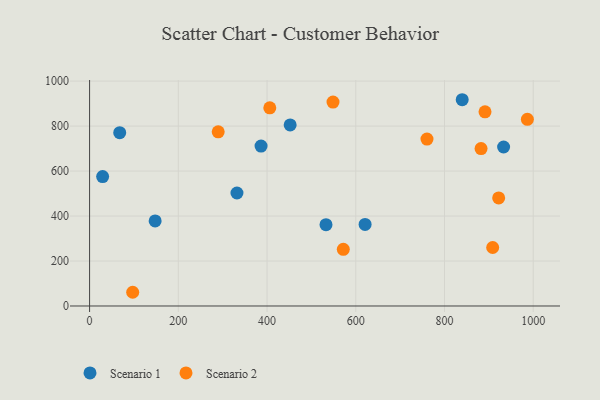
{"axis": {"x": "Ad Spend", "y": "Demand"}, "legend": ["Scenario 1", "Scenario 2"], "data": [{"x": "532.9", "y": 361.4, "type": "Scenario 1"}, {"x": "147.8", "y": 378.4, "type": "Scenario 1"}, {"x": "67.9", "y": 770.8, "type": "Scenario 1"}, {"x": "839.9", "y": 917.2, "type": "Scenario 1"}, {"x": "332.2", "y": 502.4, "type": "Scenario 1"}, {"x": "933.2", "y": 706.9, "type": "Scenario 1"}, {"x": "621.0", "y": 362.5, "type": "Scenario 1"}, {"x": "29.4", "y": 575.5, "type": "Scenario 1"}, {"x": "386.5", "y": 711.3, "type": "Scenario 1"}, {"x": "452.1", "y": 805.2, "type": "Scenario 1"}, {"x": "882.4", "y": 699.9, "type": "Scenario 2"}, {"x": "571.9", "y": 252.0, "type": "Scenario 2"}, {"x": "289.9", "y": 774.3, "type": "Scenario 2"}, {"x": "760.5", "y": 742.3, "type": "Scenario 2"}, {"x": "986.8", "y": 830.0, "type": "Scenario 2"}, {"x": "922.1", "y": 480.4, "type": "Scenario 2"}, {"x": "908.6", "y": 260.1, "type": "Scenario 2"}, {"x": "97.2", "y": 61.0, "type": "Scenario 2"}, {"x": "548.7", "y": 906.9, "type": "Scenario 2"}, {"x": "891.3", "y": 863.5, "type": "Scenario 2"}, {"x": "406.2", "y": 881.1, "type": "Scenario 2"}]}